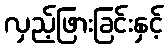
လှည့်ဖြားခြင်းနှင့်